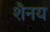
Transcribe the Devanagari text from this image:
शैनय